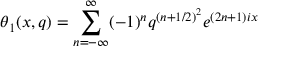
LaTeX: \theta _ { 1 } ( x , q ) = \sum _ { n = - \infty } ^ { \infty } ( - 1 ) ^ { n } q ^ { ( n + 1 / 2 ) ^ { 2 } } e ^ { ( 2 n + 1 ) i x }